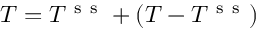
T = T ^ { \mathrm { ~ s ~ s ~ } } + ( T - T ^ { \mathrm { ~ s ~ s ~ } } )